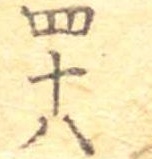
四十八